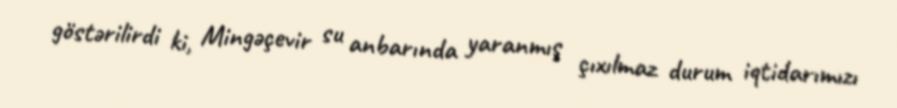
göstərilirdi ki, Mingəçevir su anbarında yaranmış çıxılmaz durum iqtidarımızı